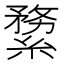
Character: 𦃤